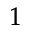
^ 1